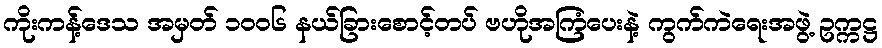
ကိုးကန့်ဒေသ အမှတ် ၁၀၀၆ နယ်ခြားစောင့်တပ် ဗဟိုအကြံပေးနဲ့ ကွက်ကဲရေးအဖွဲ့ ဥက္ကဋ္ဌ